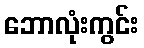
ဘောလုံးကွင်း